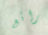
رائع